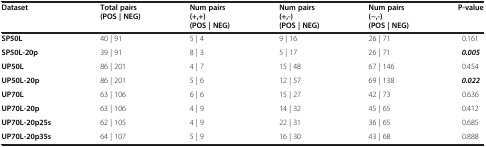
<table><thead><tr><td><b>Dataset</b></td><td><b>Total pairs (POS | NEG)</b></td><td><b>Num pairs (+,+) (POS | NEG)</b></td><td><b>Num pairs (+,-) (POS | NEG)</b></td><td><b>Num pairs (−,-) (POS | NEG)</b></td><td rowspan="3"><b>P-value</b></td></tr></thead><tbody><tr><td><b>SP50L</b></td><td>40 | 91</td><td>5 | 4</td><td>9 | 16</td><td>26 | 71</td><td>0.161</td></tr><tr><td><b>SP50L-20p</b></td><td>39 | 91</td><td>8 | 3</td><td>5 | 17</td><td>26 | 71</td><td><b><i>0.005</i></b></td></tr><tr><td><b>UP50L</b></td><td>86 | 201</td><td>4 | 7</td><td>15 | 48</td><td>67 | 146</td><td>0.454</td></tr><tr><td><b>UP50L-20p</b></td><td>86 | 201</td><td>5 | 6</td><td>12 | 57</td><td>69 | 138</td><td><b><i>0.022</i></b></td></tr><tr><td><b>UP70L</b></td><td>63 | 106</td><td>6 | 6</td><td>15 | 27</td><td>42 | 73</td><td>0.636</td></tr><tr><td><b>UP70L-20p</b></td><td>63 | 106</td><td>4 | 9</td><td>14 | 32</td><td>45 | 65</td><td>0.412</td></tr><tr><td><b>UP70L-20p25s</b></td><td>62 | 105</td><td>4 | 9</td><td>22 | 31</td><td>36 | 65</td><td>0.685</td></tr><tr><td><b>UP70L-20p35s</b></td><td>64 | 107</td><td>5 | 9</td><td>16 | 30</td><td>43 | 68</td><td>0.888</td></tr></tbody></table>